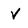
Character: V